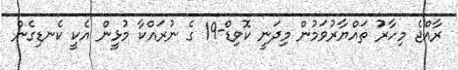
ރާއްޖެ މިހާރު ތައްޔާރުވަމުން މިދަނީ ކޮވިޑް-19 ގެ ނުރައްކާ މުޅީން އެކީ ކެނޑިގެން